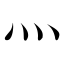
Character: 灬